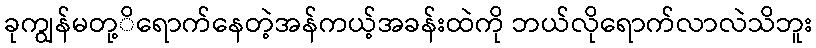
ခုကျွန်မတု့ိရောက်နေတဲ့အန်ကယ့်အခန်းထဲကို ဘယ်လိုရောက်လာလဲသိဘူး